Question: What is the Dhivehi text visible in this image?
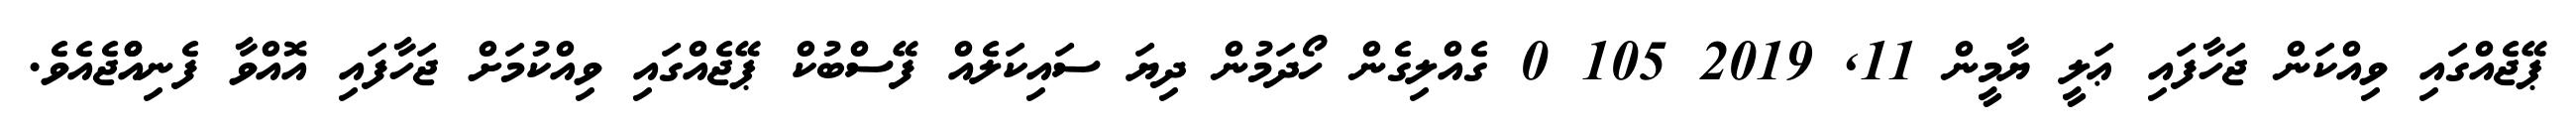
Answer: ޕޭޖެއްގައި ވިއްކަން ޖަހާފައި ޢަލީ ޔާމީން 11, 2019 105 0 ގެއްލިގެން ހޯދަމުން ދިޔަ ސައިކަލެއް ފޭސްބުކް ޕޭޖެއްގައި ވިއްކުމަށް ޖަހާފައި އޮއްވާ ފެނިއްްޖެއެވެ.